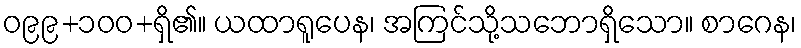
ဝ၉၉+၁၀၀+ရှိ၏။ ယထာရူပေန၊ အကြင်သို့သဘောရှိသော။ စာဂေန၊